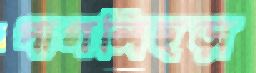
পাগলিছড়া